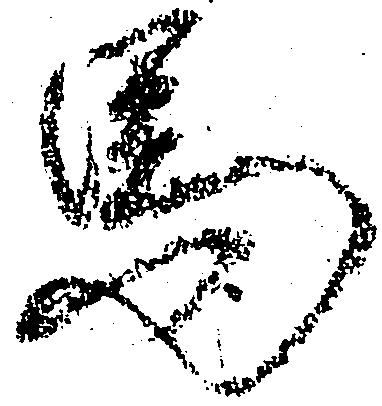
馬